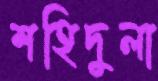
শহিদুলা